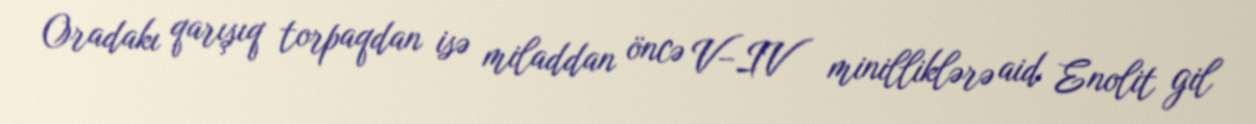
Oradakı qarışıq torpaqdan isə miladdan öncə V–IV minilliklərə aid Enolit gil